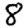
Digit: 8